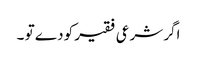
اگر شرعی فقیر کو دے تو ۔